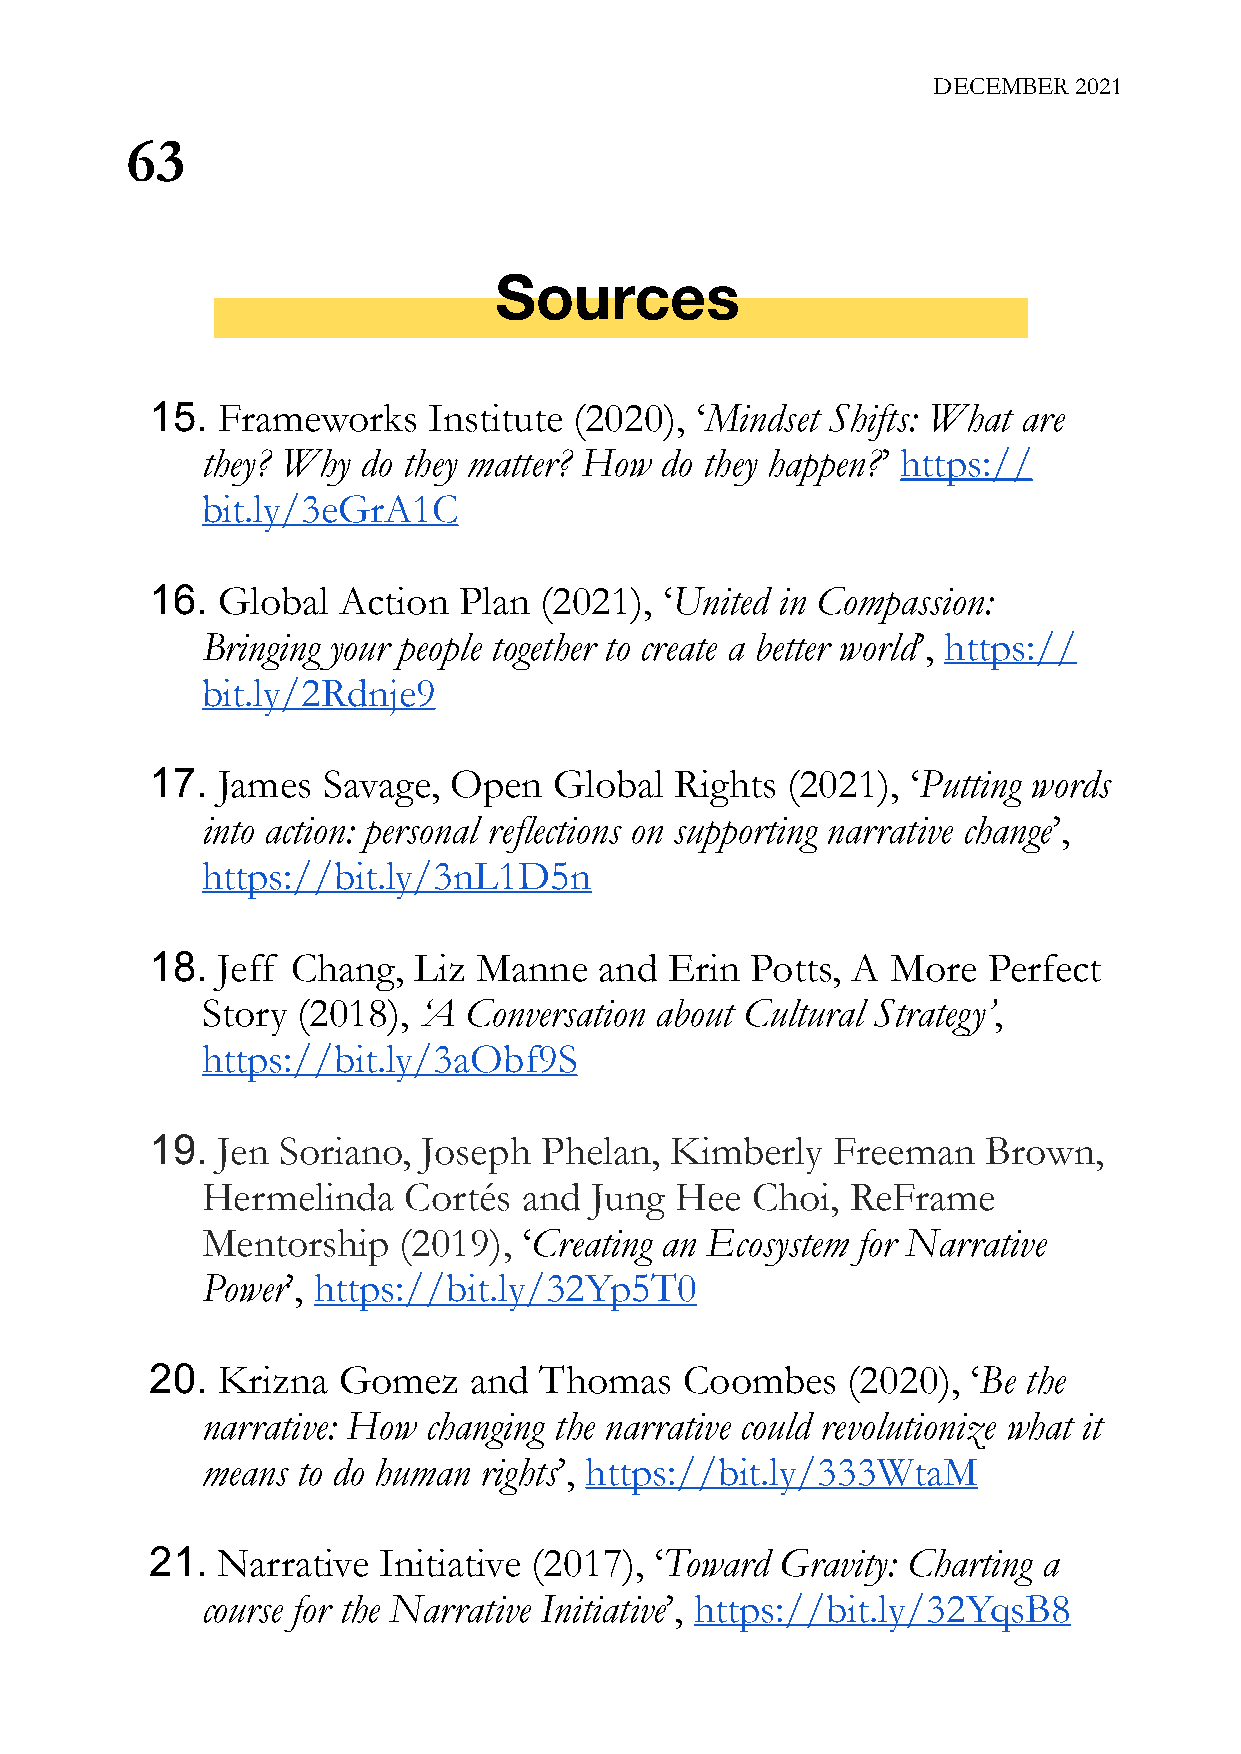
DECEMBER 2021
 63
 Sources
 15. Frameworks    Institute (2020), ‘Mindset Shifts: What are
 they? Why  do they matter? How do they happen?’ https://
 bit.ly/3eGrA1C
 16. Global  Action  Plan  (2021), ‘United in Compassion:
 Bringing your people together to create a better world’, https://
 bit.ly/2Rdnje9
 17. James  Savage,  Open   Global  Rights (2021), ‘Putting words
 into action: personal reflections on supporting narrative change’,
 https://bit.ly/3nL1D5n
 18. Jeff Chang,  Liz  Manne   and Erin  Potts, A More  Perfect
 Story  (2018), ‘A Conversation about Cultural Strategy’,
 https://bit.ly/3aObf9S
 19. Jen Soriano,  Joseph  Phelan, Kimberly   Freeman   Brown,
 Hermelinda    Cortés  and Jung  Hee  Choi, ReFrame
 Mentorship   (2019),  ‘Creating an Ecosystem for Narrative
 Power’, https://bit.ly/32Yp5T0
 20. Krizna  Gomez    and  Thomas   Coombes    (2020), ‘Be the
 narrative: How changing the narrative could revolutionize what it
 means  to do human rights’, https://bit.ly/333WtaM
 21. Narrative  Initiative (2017), ‘Toward Gravity: Charting a
 course for the Narrative Initiative’, https://bit.ly/32YqsB8